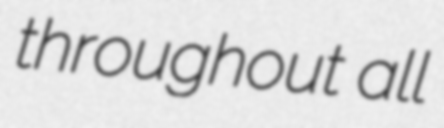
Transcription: throughout all